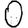
Digit: 0